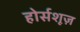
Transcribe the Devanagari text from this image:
होर्सशूज़